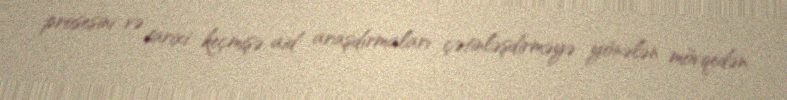
prosesini və tarixi keçmişə aid araşdırmaları çətinləşdirməyə yönələn mövqedən